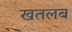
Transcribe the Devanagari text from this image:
खतलब